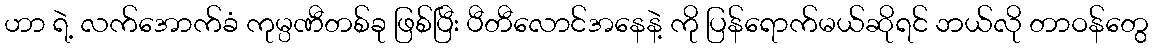
ဟာ ရဲ့ လက်အောက်ခံ ကုမ္ပဏီတစ်ခု ဖြစ်ပြီး ပီတီလောင်အနေနဲ့ ကို ပြန်ရောက်မယ်ဆိုရင် ဘယ်လို တာဝန်တွေ